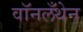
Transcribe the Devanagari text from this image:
वॉनलँथेन